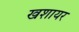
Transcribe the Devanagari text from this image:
खशायर